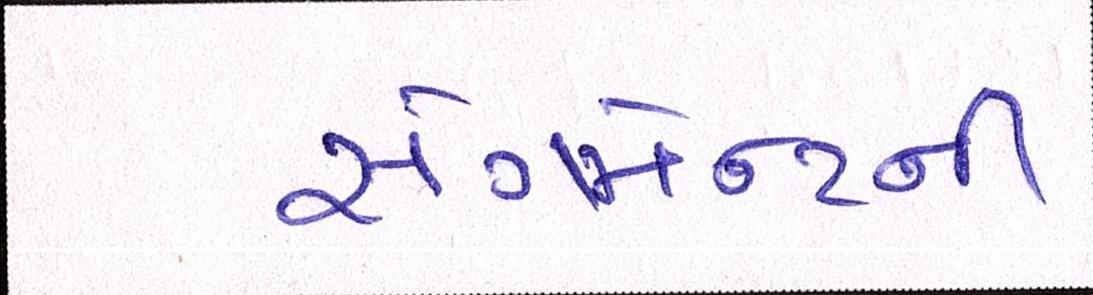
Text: સેગમેન્ટની